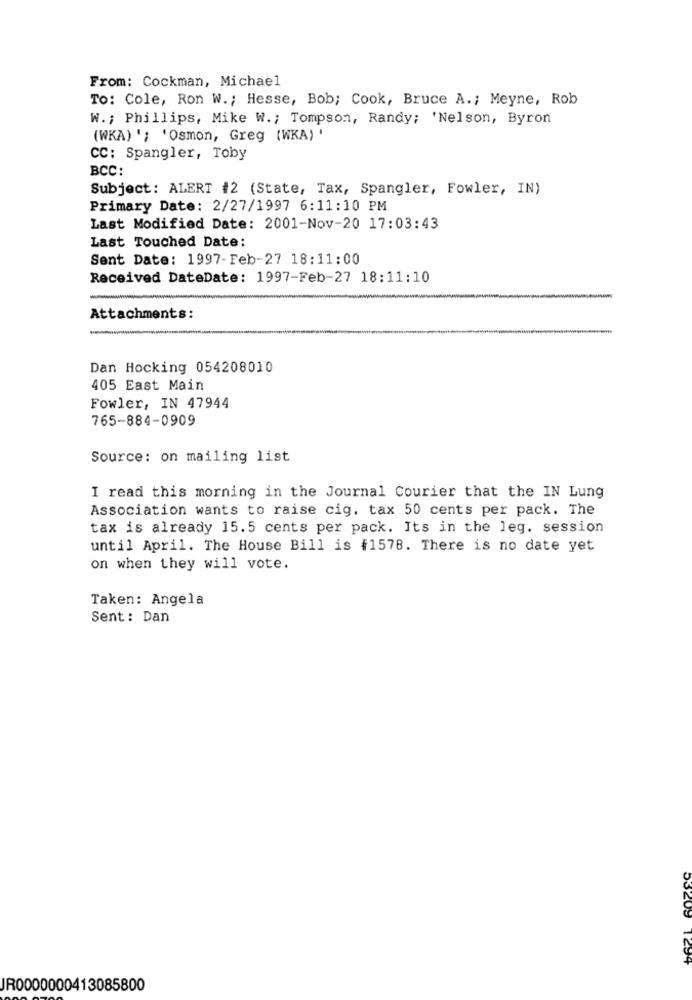
From: Cockman, Michael
To: Cole, Ron W .; Hesse, Bob; Cook, Bruce A .; Meyne, Rob
W .; Phillips, Mike W .; Tompson, Randy; 'Nelson, Byron
(WKA) '; 'Osmon, Greg (WKA) '
CC: Spangler, Toby
BCC:
Subject: ALERT #2 (State, Tax, Spangler, Fowler, IN)
Primary Date: 2/27/1997 6:11:10 PM
Last Modified Date: 2001-Nov-20 17:03:43
Last Touched Date:
Sent Date: 1997-Feb-27 18:11:00
Received DateDate: 1997-Feb-27 18:11:10
Attachments:
Dan Hocking 054208010
405 East Main
Fowler, IN 47944
765-884-0909
Source: on mailing list
I read this morning in the Journal Courier that the IN Lung
Association wants to raise cig. tax 50 cents per pack. The
tax is already 15.5 cents per pack. Its in the leg. session
until April. The House Bill is #1578. There is no date yet
on when they will vote.
Taken: Angela
Sent: Dan
53209 1294
IR0000000413085800